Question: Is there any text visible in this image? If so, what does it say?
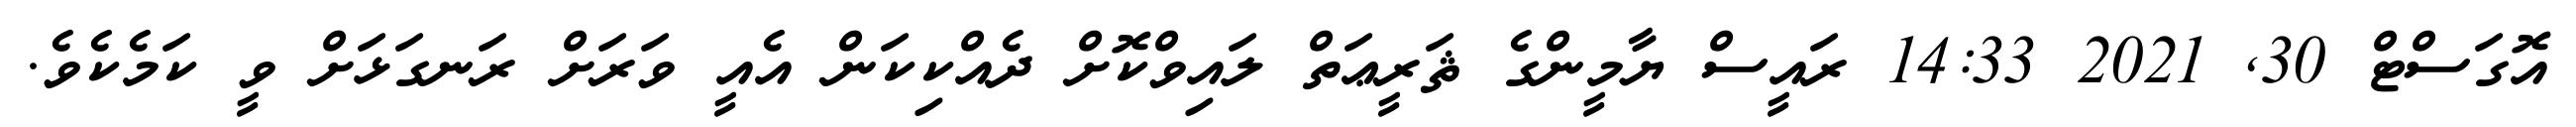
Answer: އޮގަސްޓް 30, 2021 14:33 ރައީސް ޔާމީންގެ ޘަރީޢަތް ލައިވްކޮށް ދެއްކިކަން އެއީ ވަރަށް ރަނގަޅަށް ވީ ކަމެކެވެ.